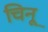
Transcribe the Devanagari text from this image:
चिनू